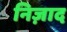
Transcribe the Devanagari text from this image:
निज़ाद